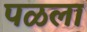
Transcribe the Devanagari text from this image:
पळला